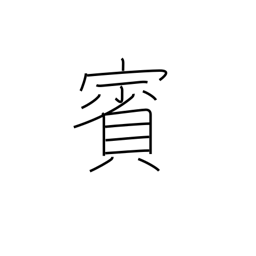
Meaning: guest